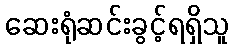
ဆေးရုံဆင်းခွင့်ရရှိသူ